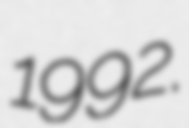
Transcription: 1992.